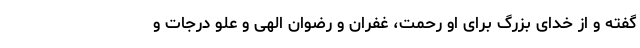
گفته و از خدای بزرگ برای او رحمت، غفران و رضوان الهی و علو درجات و